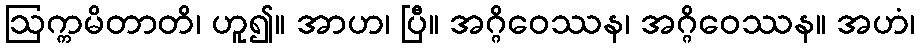
ဩက္ကမိတာတိ၊ ဟူ၍။ အာဟ၊ ပြီ။ အဂ္ဂိဝေဿန၊ အဂ္ဂိဝေဿန။ အဟံ၊